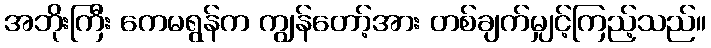
အဘိုးကြီး ကေမရွန်က ကျွန်တော့်အား တစ်ချက်မျှင့်ကြည့်သည်။